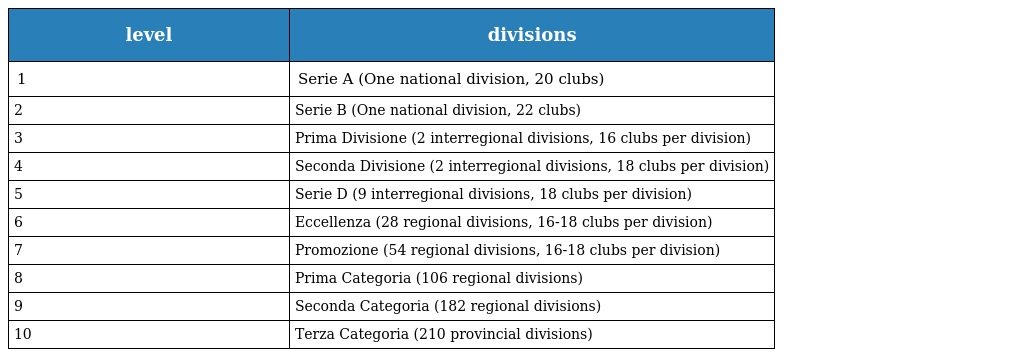
| level | divisions |
 | --- | --- |
 | 1 | Serie A (One national division, 20 clubs) |
 | 2 | Serie B (One national division, 22 clubs) |
 | 3 | Prima Divisione (2 interregional divisions, 16 clubs per division) |
 | 4 | Seconda Divisione (2 interregional divisions, 18 clubs per division) |
 | 5 | Serie D (9 interregional divisions, 18 clubs per division) |
 | 6 | Eccellenza (28 regional divisions, 16-18 clubs per division) |
 | 7 | Promozione (54 regional divisions, 16-18 clubs per division) |
 | 8 | Prima Categoria (106 regional divisions) |
 | 9 | Seconda Categoria (182 regional divisions) |
 | 10 | Terza Categoria (210 provincial divisions) |